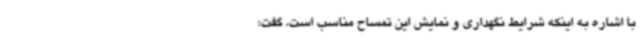
با اشاره به اینکه شرایط نگهداری و نمایش این تمساح مناسب است، گفت: